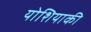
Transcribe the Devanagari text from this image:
योशियाकी